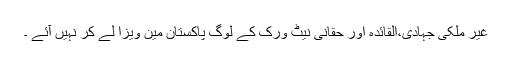
غیر ملکی جہادی،القائدہ اور حقانی نیٹ ورک کے لوگ پاکستان مین ویزا لے کر نہیں آئے ۔